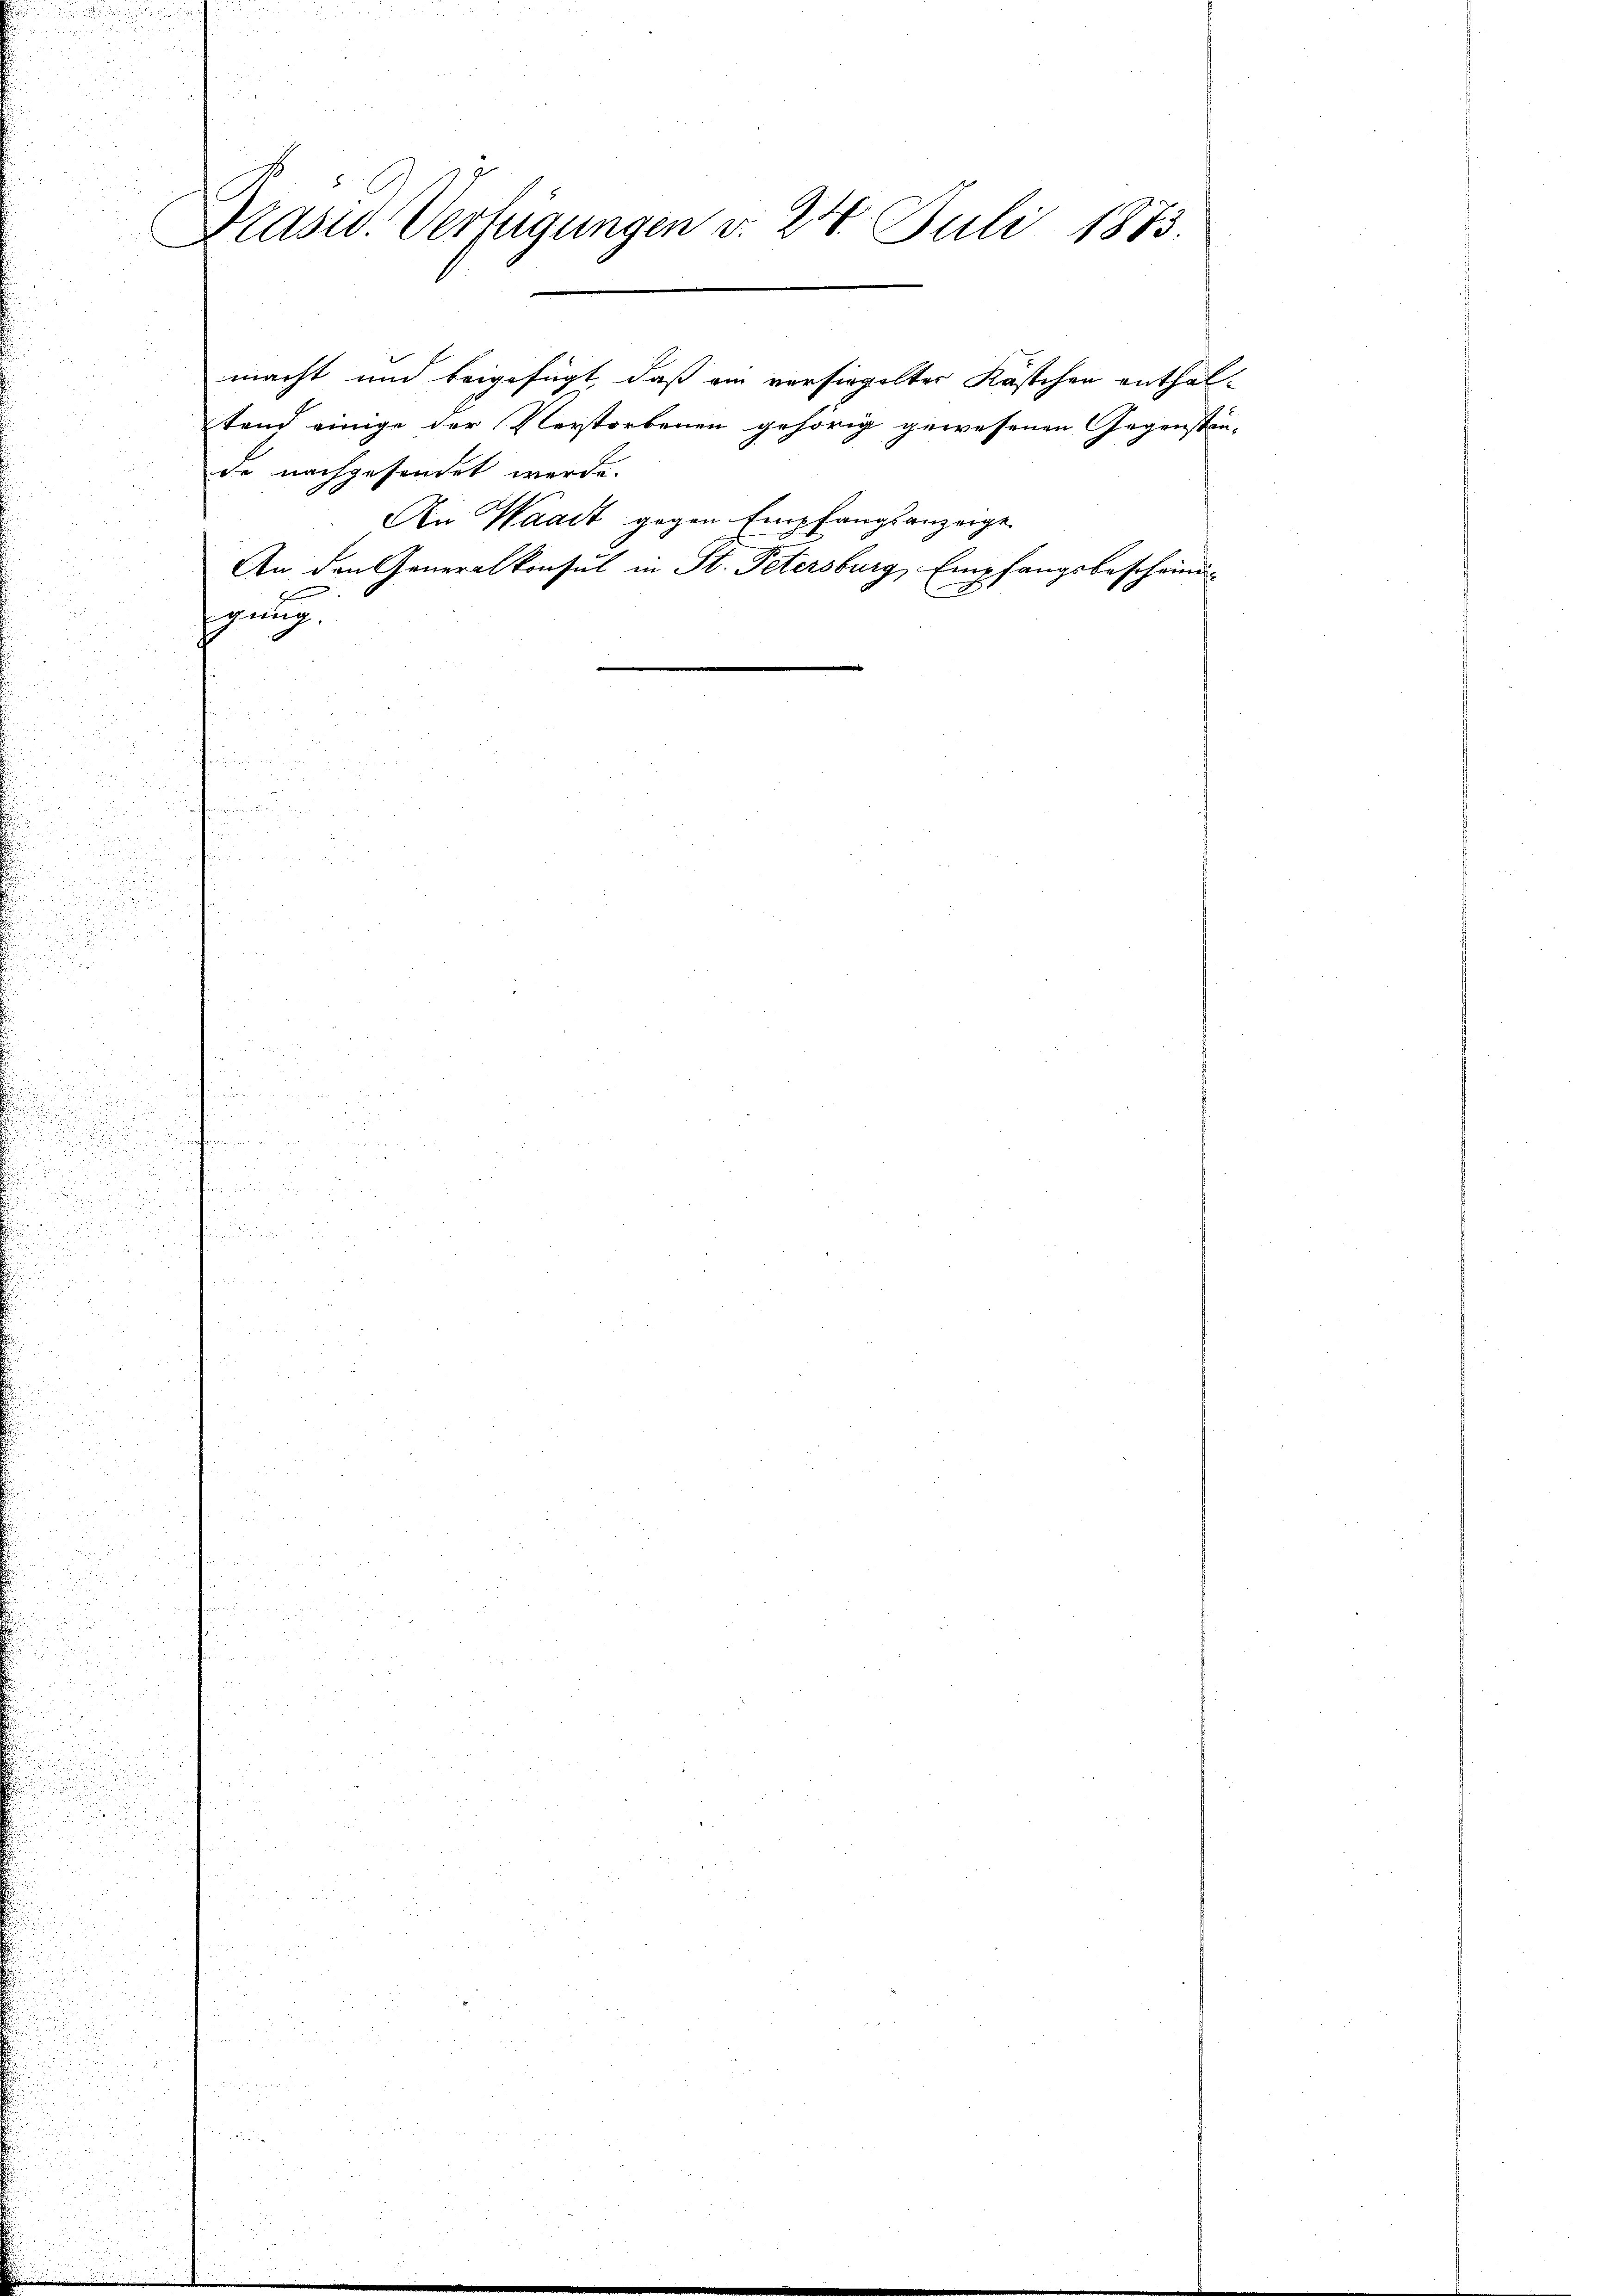
.
Präsid. Verfügungen v. 24. Juli 1873.

tand einige der Verstorbenen gehörig gewesenen Gegenstän-
de nachgesendet werde.
An Waadt gegen Empfangsanzeige
An den Generalkonsul in St. Petersburg, Empfangsbeschwind
egung.

macht und beigefügt, daß ein versiegelter Kästchen enthal¬